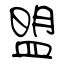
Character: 盟